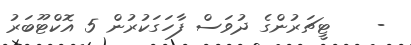
-    ޓީޗަރުންގެ ދުވަސް ފާހަގަކުރުން 5 އޮކްޓޫބަރު